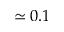
\simeq 0 . 1